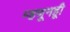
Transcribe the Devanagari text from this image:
म्हणूनहूी